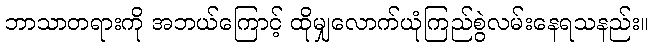
ဘာသာတရားကို အဘယ်ကြောင့် ထိုမျှလောက်ယုံကြည်စွဲလမ်းနေရသနည်း။